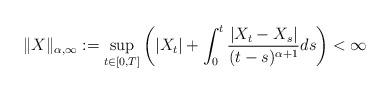
LaTeX: \begin{align*} \Vert X \Vert_{\alpha,\infty} := \sup_{t\in[0,T]}\left(|X_t| + \int_0^t \frac{|X_t-X_s|}{(t-s)^{\alpha+1}}ds\right) < \infty\end{align*}